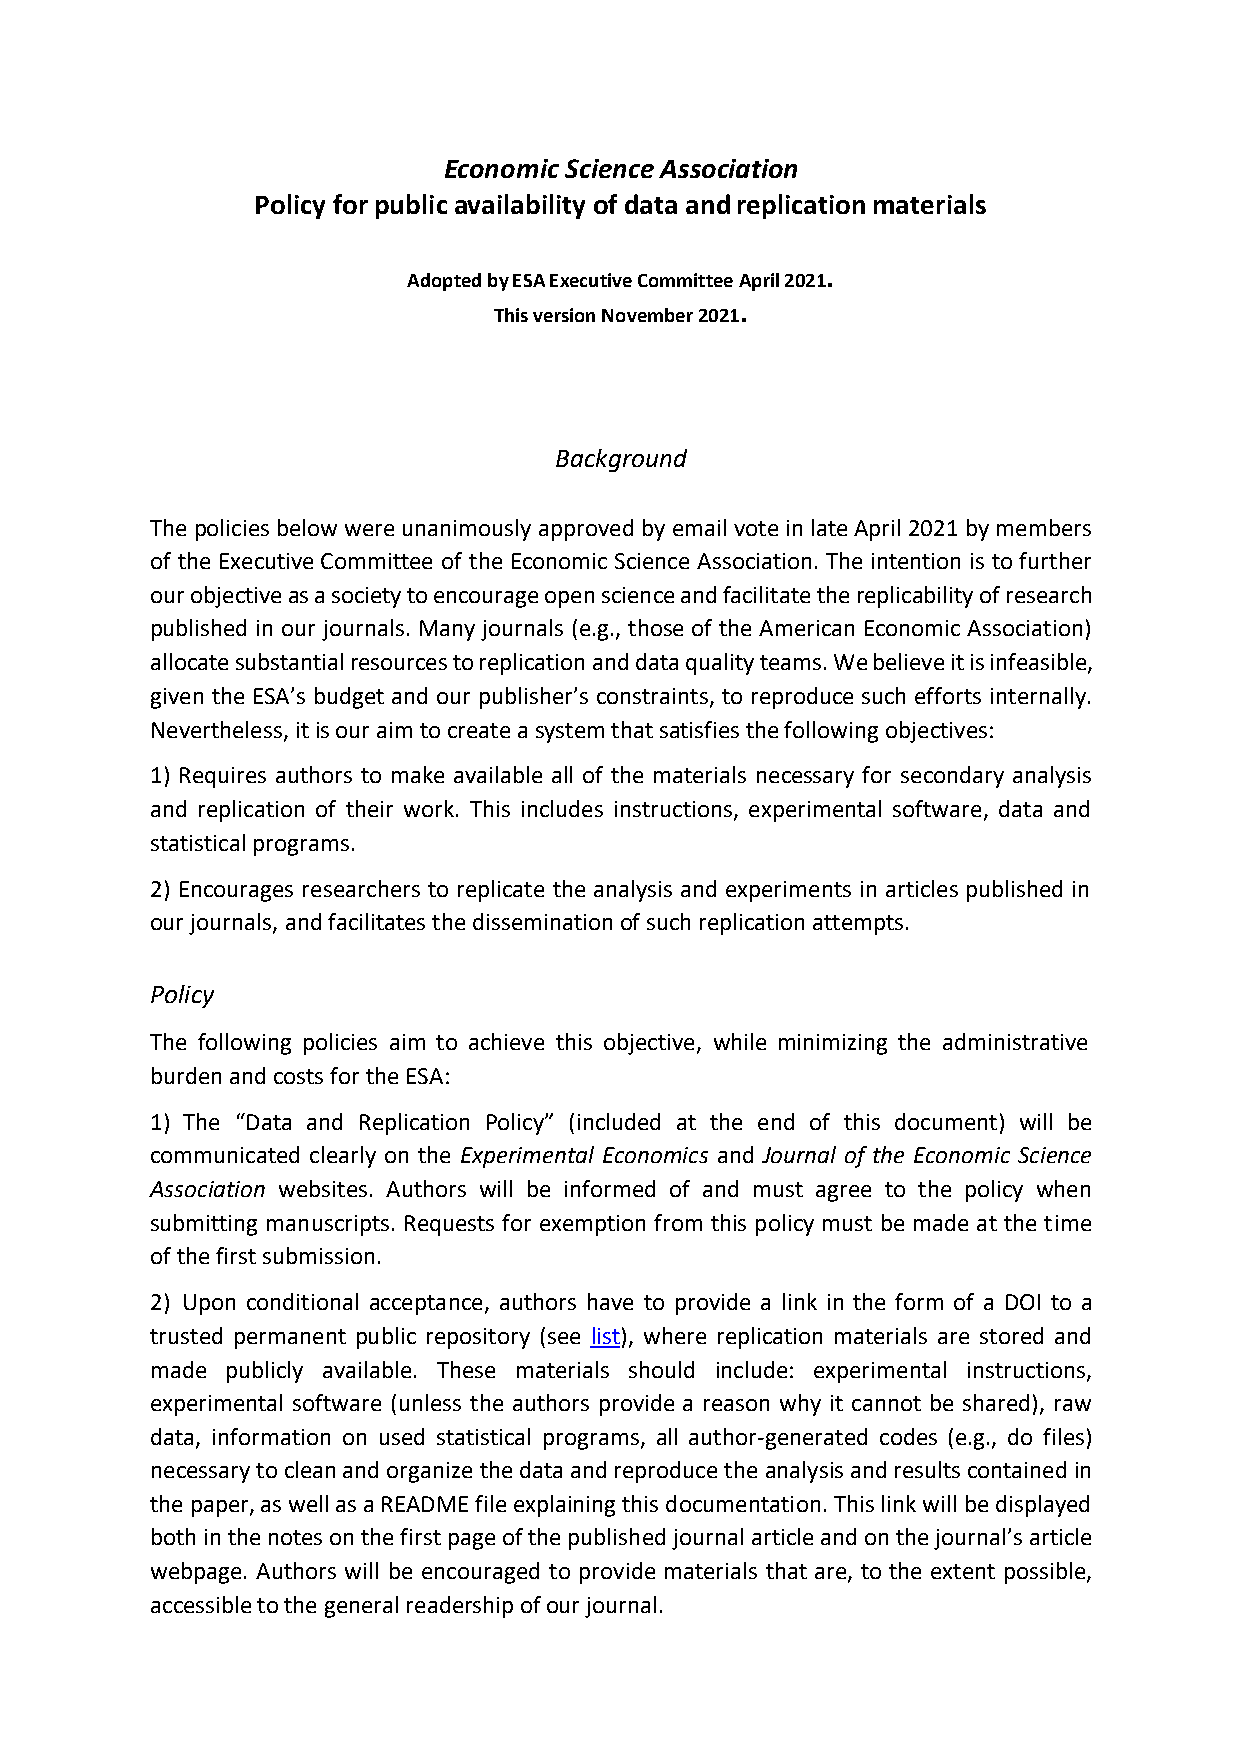
Economic Science Association
 Policy for public availability of data and replication materials
 Adopted by ESA Executive Committee April 2021.
 This version November 2021.
 Background
 The policies below were unanimously approved by email vote in late April 2021 by members
 of the Executive Committee of the Economic Science Association. The intention is to further
 our objective as a society to encourage open science and facilitate the replicability of research
 published in our journals. Many journals (e.g., those of the American Economic Association)
 allocate substantial resources to replication and data quality teams. We believe it is infeasible,
 given the ESA’s budget and our publisher’s constraints, to reproduce such efforts internally.
 Nevertheless, it is our aim to create a system that satisfies the following objectives:
 1) Requires authors to make available all of the materials necessary for secondary analysis
 and replication of their work. This includes instructions, experimental software, data and
 statistical programs.
 2) Encourages researchers to replicate the analysis and experiments in articles published in
 our journals, and facilitates the dissemination of such replication attempts.
 Policy
 The following policies aim to achieve this objective, while minimizing the administrative
 burden and costs for the ESA:
 1) The “Data and Replication Policy” (included at the end of this document) will be
 communicated clearly on the Experimental Economics and Journal of the Economic Science
 Association websites. Authors will be informed of and must agree to the policy when
 submitting manuscripts. Requests for exemption from this policy must be made at the time
 of the first submission.
 2) Upon conditional acceptance, authors have to provide a link in the form of a DOI to a
 trusted permanent public repository (see list), where replication materials are stored and
 made publicly available. These materials should include: experimental instructions,
 experimental software (unless the authors provide a reason why it cannot be shared), raw
 data, information on used statistical programs, all author-generated codes (e.g., do files)
 necessary to clean and organize the data and reproduce the analysis and results contained in
 the paper, as well as a README file explaining this documentation. This link will be displayed
 both in the notes on the first page of the published journal article and on the journal’s article
 webpage. Authors will be encouraged to provide materials that are, to the extent possible,
 accessible to the general readership of our journal.